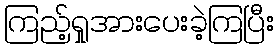
ကြည့်ရှုအားပေးခဲ့ကြပြီး